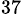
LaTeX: ^{37}